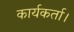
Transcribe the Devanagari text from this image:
कार्यकर्ता।